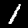
Digit: 1